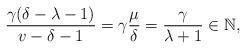
LaTeX: \begin{align*}\frac{\gamma(\delta-\lambda-1)}{v-\delta-1}=\gamma\frac{\mu}{\delta}=\frac{\gamma}{\lambda+1}\in {\mathbb N},\end{align*}